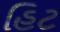
હિટ